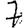
Digit: 7